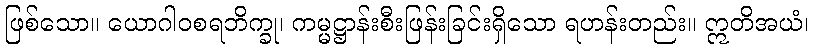
ဖြစ်သော။ ယောဂါဝစရဘိက္ခု၊ ကမ္မဋ္ဌာန်းစီးဖြန်းခြင်းရှိသော ရဟန်းတည်း။ ဣတိအယံ၊